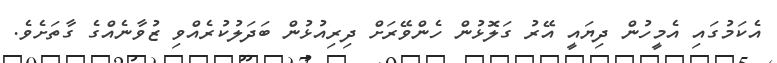
އެކަމުގައި އެމީހުން ދިޔައީ އޭރު ގަލޮޅުން ހެންވޭރަށް ދިރިއުޅުން ބަދަލުކުރެއްވި ޒުވާނެއްގެ ގާތަށެވެ.